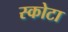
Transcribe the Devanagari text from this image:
स्कोटा